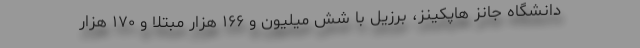
دانشگاه جانز هاپکینز، برزیل با شش میلیون و ۱۶۶ هزار مبتلا و ۱۷۰ هزار